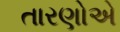
તારણોએ